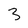
Character: 3